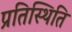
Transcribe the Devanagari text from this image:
प्रतिस्थिति